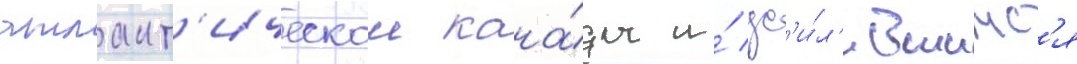
атлант'ическои кана́ды и́ ус'и́л'ившимс'я